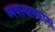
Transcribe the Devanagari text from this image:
व्यवस्थापकांना